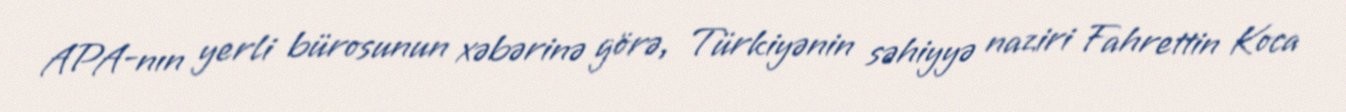
APA-nın yerli bürosunun xəbərinə görə, Türkiyənin səhiyyə naziri Fahrettin Koca